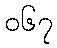
၀၆၇